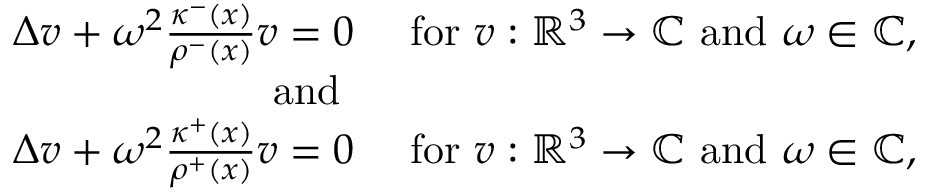
\begin{array} { r l } { \Delta v + \omega ^ { 2 } \frac { \kappa ^ { - } ( x ) } { \rho ^ { - } ( x ) } v = 0 } & { \mathrm { ~ f o r ~ } v : \mathbb { R } ^ { 3 } \rightarrow \mathbb { C } \mathrm { ~ a n d ~ } \omega \in \mathbb { C } , } \\ { \mathrm { ~ a n d ~ } } \\ { \Delta v + \omega ^ { 2 } \frac { \kappa ^ { + } ( x ) } { \rho ^ { + } ( x ) } v = 0 } & { \mathrm { ~ f o r ~ } v : \mathbb { R } ^ { 3 } \rightarrow \mathbb { C } \mathrm { ~ a n d ~ } \omega \in \mathbb { C } , } \end{array}